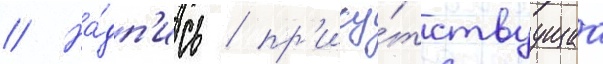
// На́дп'ись / пр'ису́тствуущаа